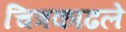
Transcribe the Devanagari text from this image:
चित्रकाढले